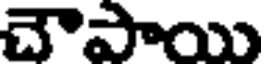
చౌపాయి